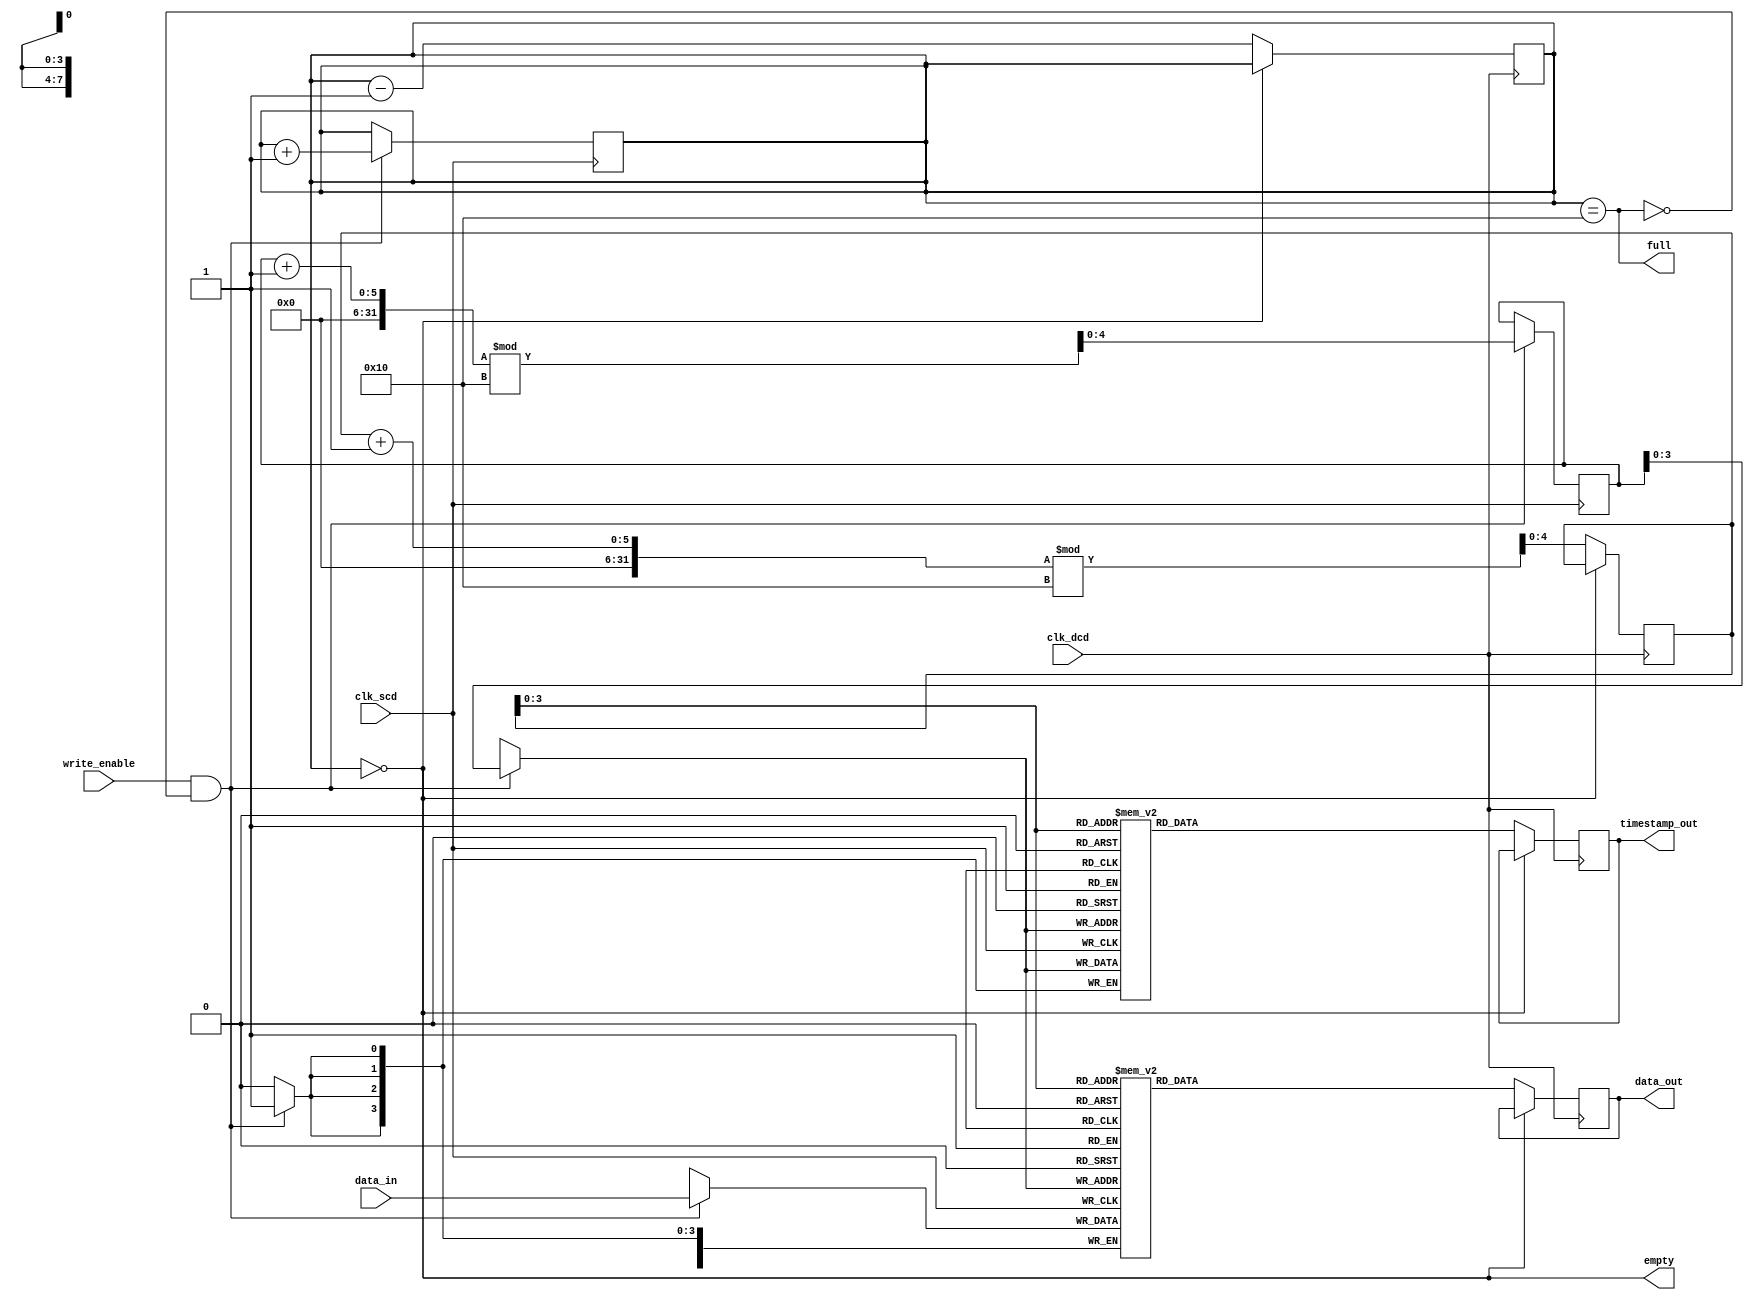
module TimeStampedSynchronizer #(
    parameter DATA_WIDTH = 8,
    parameter TIMESTAMP_WIDTH = 4,
    parameter FIFO_DEPTH = 16
)(
    input wire clk_scd,                 // Source Clock Domain
    input wire clk_dcd,                 // Destination Clock Domain
    input wire [DATA_WIDTH-1:0] data_in, // Input data
    input wire write_enable,             // Write enable signal
    output reg [DATA_WIDTH-1:0] data_out, // Output data
    output reg [TIMESTAMP_WIDTH-1:0] timestamp_out, // Output timestamp
    output reg empty,                    // FIFO empty flag
    output reg full                      // FIFO full flag
);

    // FIFO Memory
    reg [DATA_WIDTH-1:0] fifo_data[FIFO_DEPTH-1:0];
    reg [TIMESTAMP_WIDTH-1:0] fifo_timestamp[FIFO_DEPTH-1:0];
    reg [4:0] wr_ptr, rd_ptr;            // Write and Read pointers
    reg [4:0] fifo_count;                // FIFO current count

    // Write logic in the Source Clock Domain
    always @(posedge clk_scd) begin
        if (write_enable && !full) begin
            fifo_data[wr_ptr] <= data_in;
            fifo_timestamp[wr_ptr] <= wr_ptr; // Capture timestamp (example: using wr_ptr as timestamp)
            wr_ptr <= (wr_ptr + 1) % FIFO_DEPTH;
            fifo_count <= fifo_count + 1;
        end
    end

    // Read logic in the Destination Clock Domain
    always @(posedge clk_dcd) begin
        if (!empty) begin
            data_out <= fifo_data[rd_ptr];
            timestamp_out <= fifo_timestamp[rd_ptr];
            rd_ptr <= (rd_ptr + 1) % FIFO_DEPTH;
            fifo_count <= fifo_count - 1;
        end
    end

    // FIFO control signals
    always @(*) begin
        empty = (fifo_count == 0);
        full = (fifo_count == FIFO_DEPTH);
    end

endmodule